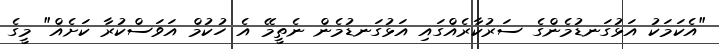
"އެކަމަކު އަޅުގަނޑުމެންގެ ސަރުކާރެއްގައި އަޅުގަނޑުމެން ނެތީމޭ އެ ހުކުމް އަވަސްކުރާ ކަށެއް" މީގެ